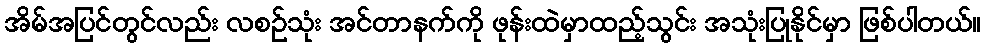
အိမ်အပြင်တွင်လည်း လစဉ်သုံး အင်တာနက်ကို ဖုန်းထဲမှာထည့်သွင်း အသုံးပြုနိုင်မှာ ဖြစ်ပါတယ်။